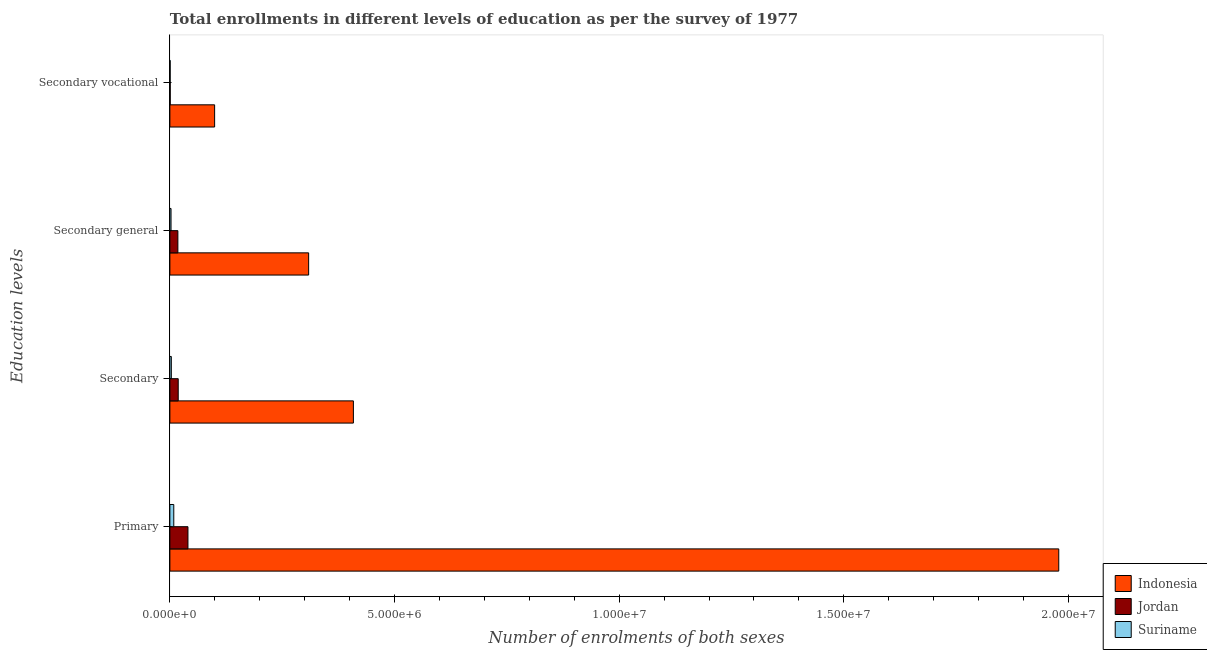
| Education levels | Indonesia | Jordan | Suriname |
 | --- | --- | --- | --- |
 | Primary | 1.98e+07 | 4.02e+05 | 8.7e+04 |
 | Secondary | 4.08e+06 | 1.86e+05 | 3.22e+04 |
 | Secondary general | 3.09e+06 | 1.78e+05 | 2.59e+04 |
 | Secondary vocational | 9.96e+05 | 7.55e+03 | 6.38e+03 |